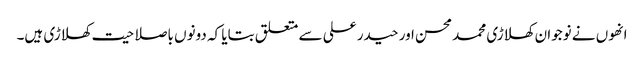
انھوں نے نوجوان کھلاڑی محمد محسن اور حیدر علی سے متعلق بتایا کہ دونوں باصلاحیت کھلاڑی ہیں۔